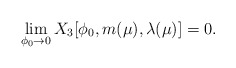
\begin{align*}\lim_{\phi_0\to0} X_3[\phi_0,m(\mu),\lambda(\mu)] = 0.\end{align*}